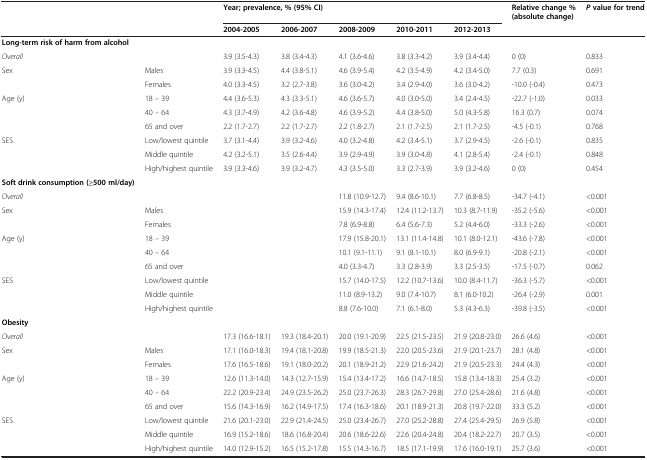
<table><thead><tr><td></td><td></td><td colspan="5"><b>Year; prevalence, % (95% CI)</b></td><td><b>Relative change % (absolute change)</b></td><td><b><i>P</i>value for trend</b></td></tr><tr><td></td><td></td><td><b>2004-2005</b></td><td><b>2006-2007</b></td><td><b>2008-2009</b></td><td><b>2010-2011</b></td><td><b>2012-2013</b></td><td></td><td></td></tr></thead><tbody><tr><td><b>Long-term risk of harm from alcohol</b></td><td></td><td></td><td></td><td></td><td></td><td></td><td></td><td></td></tr><tr><td><i>Overall</i></td><td></td><td>3.9 (3.5-4.3)</td><td>3.8 (3.4-4.3)</td><td>4.1 (3.6-4.6)</td><td>3.8 (3.3-4.2)</td><td>3.9 (3.4-4.4)</td><td>0 (0)</td><td>0.833</td></tr><tr><td rowspan="2">Sex</td><td>Males</td><td>3.9 (3.3-4.5)</td><td>4.4 (3.8-5.1)</td><td>4.6 (3.9-5.4)</td><td>4.2 (3.5-4.9)</td><td>4.2 (3.4-5.0)</td><td>7.7 (0.3)</td><td>0.691</td></tr><tr><td>Females</td><td>4.0 (3.3-4.5)</td><td>3.2 (2.7-3.8)</td><td>3.6 (3.0-4.2)</td><td>3.4 (2.9-4.0)</td><td>3.6 (3.0-4.2)</td><td>-10.0 (-0.4)</td><td>0.473</td></tr><tr><td rowspan="3">Age (y)</td><td>18 – 39</td><td>4.4 (3.6-5.3)</td><td>4.3 (3.3-5.1)</td><td>4.6 (3.6-5.7)</td><td>4.0 (3.0-5.0)</td><td>3.4 (2.4-4.5)</td><td>-22.7 (-1.0)</td><td>0.033</td></tr><tr><td>40 – 64</td><td>4.3 (3.7-4.9)</td><td>4.2 (3.6-4.8)</td><td>4.6 (3.9-5.2)</td><td>4.4 (3.8-5.0)</td><td>5.0 (4.3-5.8)</td><td>16.3 (0.7)</td><td>0.074</td></tr><tr><td>65 and over</td><td>2.2 (1.7-2.7)</td><td>2.2 (1.7-2.7)</td><td>2.2 (1.8-2.7)</td><td>2.1 (1.7-2.5)</td><td>2.1 (1.7-2.5)</td><td>-4.5 (-0.1)</td><td>0.768</td></tr><tr><td rowspan="3">SES</td><td>Low/lowest quintile</td><td>3.7 (3.1-4.4)</td><td>3.9 (3.2-4.6)</td><td>4.0 (3.2-4.8)</td><td>4.2 (3.4-5.1)</td><td>3.7 (2.9-4.5)</td><td>-2.6 (-0.1)</td><td>0.835</td></tr><tr><td>Middle quintile</td><td>4.2 (3.2-5.1)</td><td>3.5 (2.6-4.4)</td><td>3.9 (2.9-4.9)</td><td>3.9 (3.0-4.8)</td><td>4.1 (2.8-5.4)</td><td>-2.4 (-0.1)</td><td>0.848</td></tr><tr><td>High/highest quintile</td><td>3.9 (3.3-4.6)</td><td>3.9 (3.2-4.7)</td><td>4.3 (3.5-5.0)</td><td>3.3 (2.7-3.9)</td><td>3.9 (3.2-4.6)</td><td>0 (0)</td><td>0.454</td></tr><tr><td><b>Soft drink consumption (≥500 ml/day)</b></td><td></td><td></td><td></td><td></td><td></td><td></td><td></td><td></td></tr><tr><td><i>Overall</i></td><td></td><td></td><td></td><td>11.8 (10.9-12.7)</td><td>9.4 (8.6-10.1)</td><td>7.7 (6.8-8.5)</td><td>-34.7 (-4.1)</td><td>&lt;0.001</td></tr><tr><td rowspan="2">Sex</td><td>Males</td><td></td><td></td><td>15.9 (14.3-17.4)</td><td>12.4 (11.2-13.7)</td><td>10.3 (8.7-11.9)</td><td>-35.2 (-5.6)</td><td>&lt;0.001</td></tr><tr><td>Females</td><td></td><td></td><td>7.8 (6.9-8.8)</td><td>6.4 (5.6-7.3)</td><td>5.2 (4.4-6.0)</td><td>-33.3 (-2.6)</td><td>&lt;0.001</td></tr><tr><td rowspan="3">Age (y)</td><td>18 – 39</td><td></td><td></td><td>17.9 (15.8-20.1)</td><td>13.1 (11.4-14.8)</td><td>10.1 (8.0-12.1)</td><td>-43.6 (-7.8)</td><td>&lt;0.001</td></tr><tr><td>40 – 64</td><td></td><td></td><td>10.1 (9.1-11.1)</td><td>9.1 (8.1-10.1)</td><td>8.0 (6.9-9.1)</td><td>-20.8 (-2.1)</td><td>&lt;0.001</td></tr><tr><td>65 and over</td><td></td><td></td><td>4.0 (3.3-4.7)</td><td>3.3 (2.8-3.9)</td><td>3.3 (2.5-3.5)</td><td>-17.5 (-0.7)</td><td>0.062</td></tr><tr><td rowspan="3">SES</td><td>Low/lowest quintile</td><td></td><td></td><td>15.7 (14.0-17.5)</td><td>12.2 (10.7-13.6)</td><td>10.0 (8.4-11.7)</td><td>-36.3 (-5.7)</td><td>&lt;0.001</td></tr><tr><td>Middle quintile</td><td></td><td></td><td>11.0 (8.9-13.2)</td><td>9.0 (7.4-10.7)</td><td>8.1 (6.0-10.2)</td><td>-26.4 (-2.9)</td><td>0.001</td></tr><tr><td>High/highest quintile</td><td></td><td></td><td>8.8 (7.6-10.0)</td><td>7.1 (6.1-8.0)</td><td>5.3 (4.3-6.3)</td><td>-39.8 (-3.5)</td><td>&lt;0.001</td></tr><tr><td><b>Obesity</b></td><td></td><td></td><td></td><td></td><td></td><td></td><td></td><td></td></tr><tr><td><i>Overall</i></td><td></td><td>17.3 (16.6-18.1)</td><td>19.3 (18.4-20.1)</td><td>20.0 (19.1-20.9)</td><td>22.5 (21.5-23.5)</td><td>21.9 (20.8-23.0)</td><td>26.6 (4.6)</td><td>&lt;0.001</td></tr><tr><td rowspan="2">Sex</td><td>Males</td><td>17.1 (16.0-18.3)</td><td>19.4 (18.1-20.8)</td><td>19.9 (18.5-21.3)</td><td>22.0 (20.5-23.6)</td><td>21.9 (20.1-23.7)</td><td>28.1 (4.8)</td><td>&lt;0.001</td></tr><tr><td>Females</td><td>17.6 (16.5-18.6)</td><td>19.1 (18.0-20.2)</td><td>20.1 (18.9-21.2)</td><td>22.9 (21.6-24.2)</td><td>21.9 (20.5-23.3)</td><td>24.4 (4.3)</td><td>&lt;0.001</td></tr><tr><td rowspan="3">Age (y)</td><td>18 – 39</td><td>12.6 (11.3-14.0)</td><td>14.3 (12.7-15.9)</td><td>15.4 (13.4-17.2)</td><td>16.6 (14.7-18.5)</td><td>15.8 (13.4-18.3)</td><td>25.4 (3.2)</td><td>&lt;0.001</td></tr><tr><td>40 – 64</td><td>22.2 (20.9-23.4)</td><td>24.9 (23.5-26.2)</td><td>25.0 (23.7-26.3)</td><td>28.3 (26.7-29.8)</td><td>27.0 (25.4-28.6)</td><td>21.6 (4.8)</td><td>&lt;0.001</td></tr><tr><td>65 and over</td><td>15.6 (14.3-16.9)</td><td>16.2 (14.9-17.5)</td><td>17.4 (16.3-18.6)</td><td>20.1 (18.9-21.3)</td><td>20.8 (19.7-22.0)</td><td>33.3 (5.2)</td><td>&lt;0.001</td></tr><tr><td rowspan="3">SES</td><td>Low/lowest quintile</td><td>21.6 (20.1-23.0)</td><td>22.9 (21.4-24.5)</td><td>25.0 (23.4-26.7)</td><td>27.0 (25.2-28.8)</td><td>27.4 (25.4-29.5)</td><td>26.9 (5.8)</td><td>&lt;0.001</td></tr><tr><td>Middle quintile</td><td>16.9 (15.2-18.6)</td><td>18.6 (16.8-20.4)</td><td>20.6 (18.6-22.6)</td><td>22.6 (20.4-24.8)</td><td>20.4 (18.2-22.7)</td><td>20.7 (3.5)</td><td>&lt;0.001</td></tr><tr><td>High/highest quintile</td><td>14.0 (12.9-15.2)</td><td>16.5 (15.2-17.8)</td><td>15.5 (14.3-16.7)</td><td>18.5 (17.1-19.9)</td><td>17.6 (16.0-19.1)</td><td>25.7 (3.6)</td><td>&lt;0.001</td></tr></tbody></table>